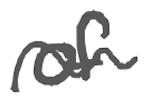
Text: of
Cross-out: wave
Writing tool: digital_gray